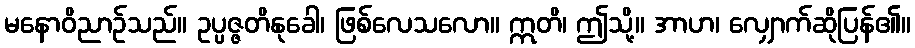
မနောဝိညာဉ်သည်။ ဥပ္ပဇ္ဇတိနုခေါ၊ ဖြစ်လေသလော။ ဣတိ၊ ဤသို့။ အာဟ၊ လျှောက်ဆိုပြန်၏။